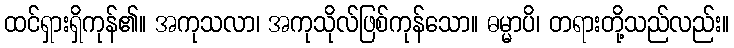
ထင်ရှားရှိကုန်၏။ အကုသလာ၊ အကုသိုလ်ဖြစ်ကုန်သော။ ဓမ္မာပိ၊ တရားတို့သည်လည်း။